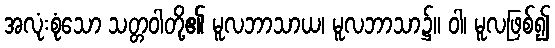
အလုံးစုံသော သတ္တဝါတို့၏ မူလဘာသာယ၊ မူလဘာသာ၌။ ဝါ၊ မူလဖြစ်၍